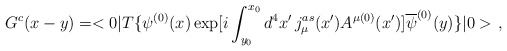
\begin{align*}G^{c}(x-y)=<0|T\{\psi^{(0)}(x)\exp[i\int_{y_0}^{x_0} d^4x'\,j_{\mu}^{as}(x')A^{\mu (0)}(x')]\overline{\psi}^{(0)}(y)\}|0>\,\,,\end{align*}